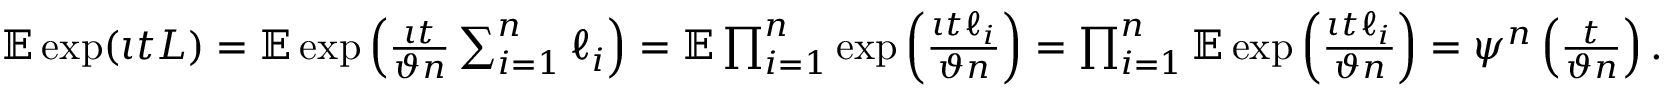
\begin{array} { r } { \mathbb { E } \exp ( \iota t L ) = \mathbb { E } \exp \left( \frac { \iota t } { \vartheta n } \sum _ { i = 1 } ^ { n } \ell _ { i } \right) = \mathbb { E } \prod _ { i = 1 } ^ { n } \exp \left( \frac { \iota t \ell _ { i } } { \vartheta n } \right) = \prod _ { i = 1 } ^ { n } \mathbb { E } \exp \left( \frac { \iota t \ell _ { i } } { \vartheta n } \right) = \psi ^ { n } \left( \frac { t } { \vartheta n } \right) . } \end{array}